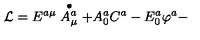
{ \cal L } = E ^ { a \mu } \stackrel { \bullet } { A _ { \mu } ^ { a } } + A _ { 0 } ^ { a } C ^ { a } - E _ { 0 } ^ { a } \varphi ^ { a } -